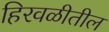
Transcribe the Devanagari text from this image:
हिरवळीतील